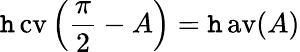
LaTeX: \operatorname{\mathtt{h}cv}\left({\frac{{\pi}}{{2}}}-A\right)=\operatorname{\mathtt{h}av}(A)